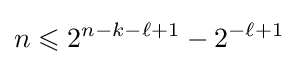
n\leqslant 2^{n-k-\ell +1}-2^{-\ell +1}